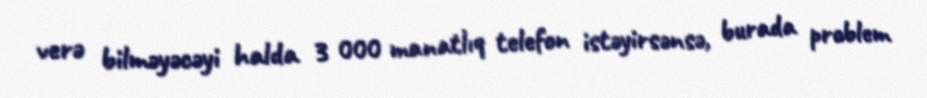
verə bilməyəcəyi halda 3 000 manatlıq telefon istəyirsənsə, burada problem